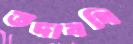
তদাবধি